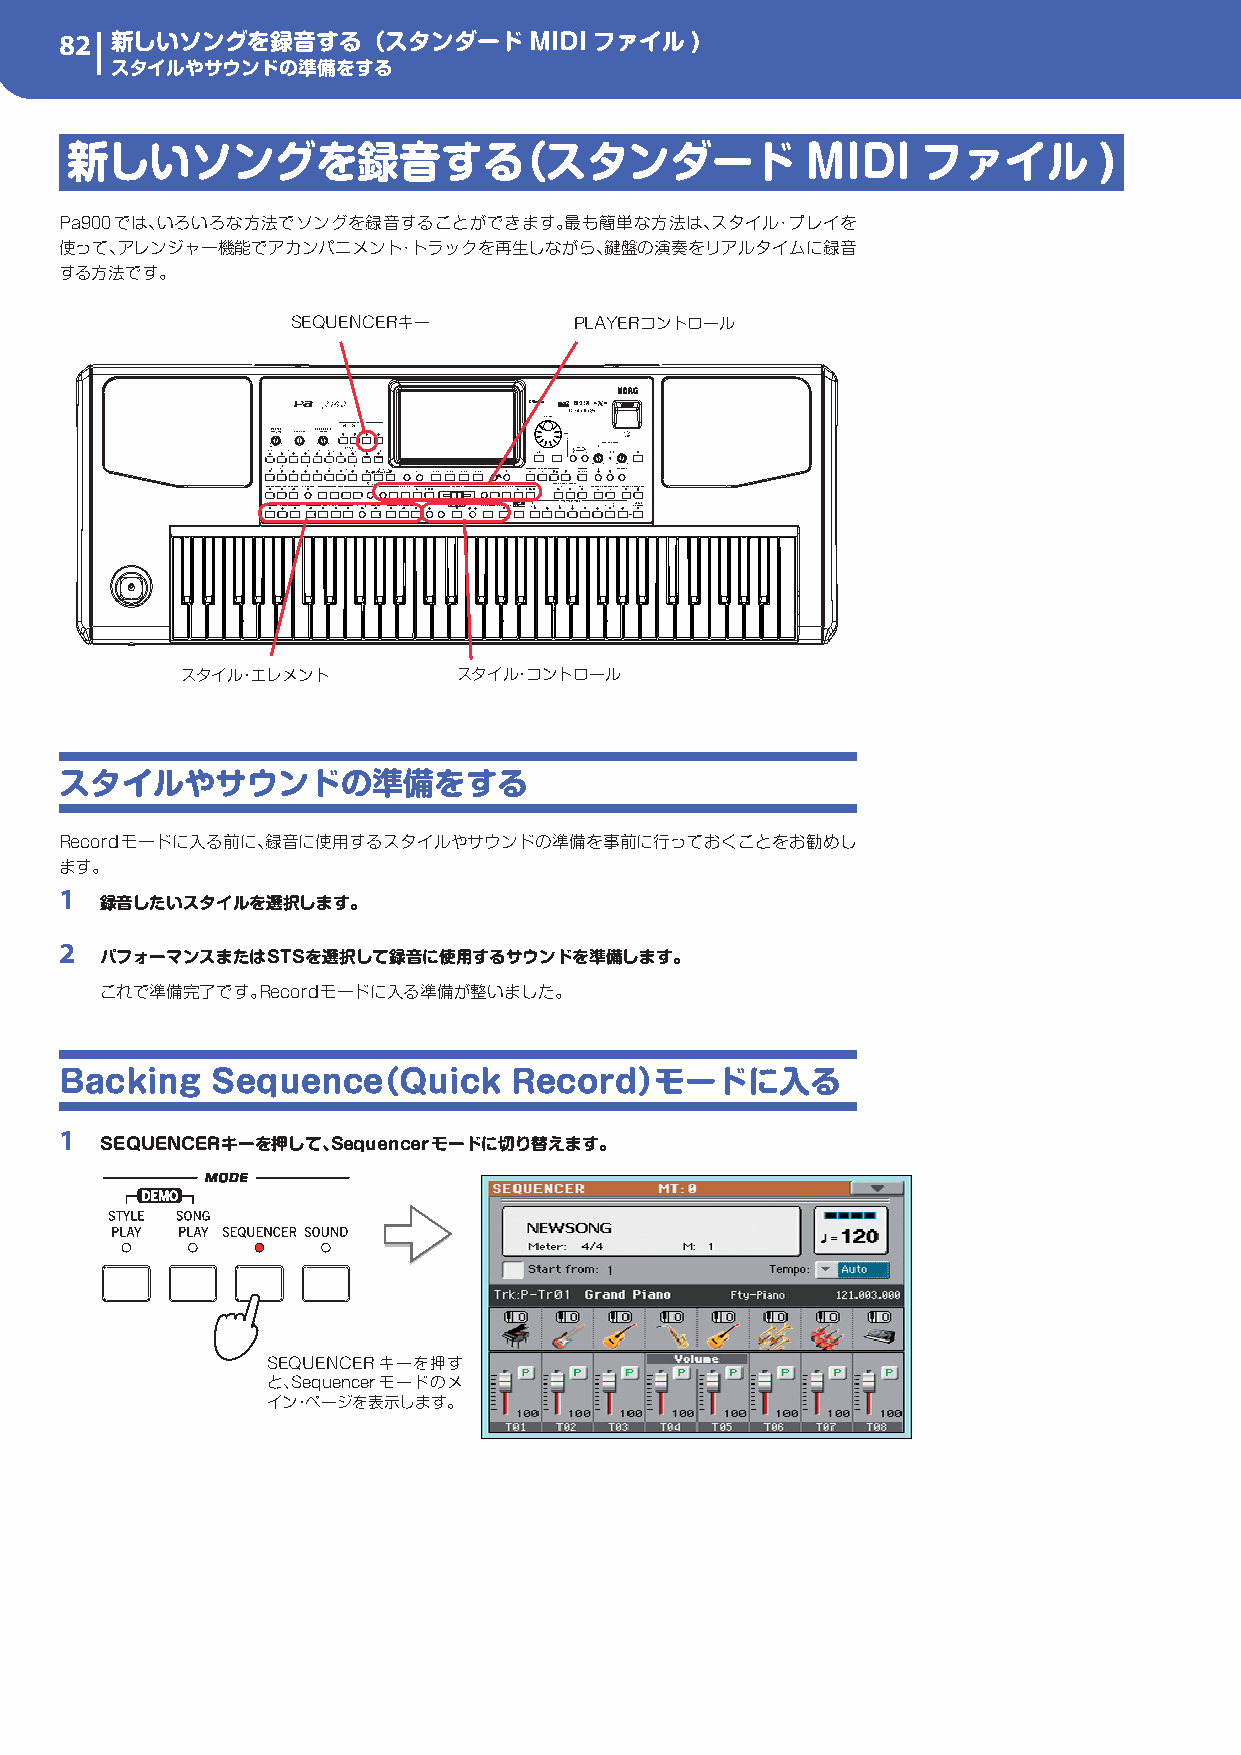
82 新しいソングを録音する（スタンダードMIDIファイル)
 スタイルやサウンドの準備をする
 新しいソングを録音する（スタンダード                               MIDI    ファイル        )
 Pa900では、いろいろな方法でソングを録音することができます。最も簡単な方法は、スタイル・プレイを
 使って、アレンジャー機能でアカンパニメント・トラックを再生しながら、鍵盤の演奏をリアルタイムに録音
 する方法です。
 SEQUENCERキー        PLAYERコントロール
 スタイル・エレメント        スタイル・コントロール
 スタイルやサウンドの準備をする
 Recordモードに入る前に、録音に使用するスタイルやサウンドの準備を事前に行っておくことをお勧めし
 ます。
 1
 録音したいスタイルを選択します。
 2
 パフォーマンスまたはSTSを選択して録音に使用するサウンドを準備します。
 これで準備完了です。Recordモードに入る準備が整いました。
 Backing   Sequence（Quick      Record）モードに入る
 1
 SEQUENCERキーを押して、Sequencerモードに切り替えます。
 SEQUENCERキーを押す
 と、Sequencerモードのメ
 イン・ページを表示します。